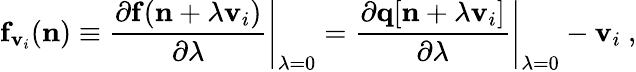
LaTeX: {\displaystyle{\mathbf f}_{{\mathbf v}_{i}}({\mathbf n})\equiv\left.\frac{\partial{\mathbf f}({\mathbf n}+\lambda{\mathbf v}_{i})}{\partial\lambda}\right\vert_{\lambda=0}=\left.\frac{\partial{\mathbf q}[{\mathbf n}+\lambda{\mathbf v}_{i}]}{\partial\lambda}\right\vert_{\lambda=0}-{\mathbf v}_{i}}~,